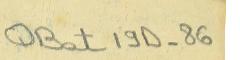
QBat 19D-86